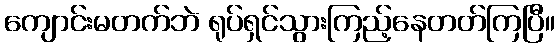
ကျောင်းမတက်ဘဲ ရုပ်ရှင်သွားကြည့်နေတတ်ကြပြီ။